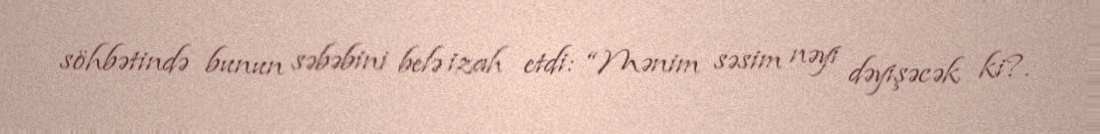
söhbətində bunun səbəbini belə izah etdi: “Mənim səsim nəyi dəyişəcək ki?.